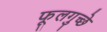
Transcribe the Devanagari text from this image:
फूलगुच्छे